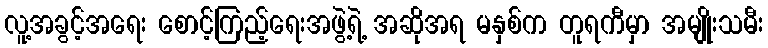
လူ့အခွင့်အရေး စောင့်ကြည့်ရေးအဖွဲ့ရဲ့ အဆိုအရ မနှစ်က တူရကီမှာ အမျိုးသမီး